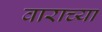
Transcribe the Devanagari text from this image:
वाराच्या